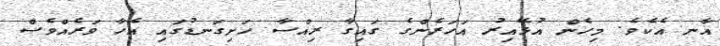
އާނ އެކެވެ. މިހެން އުޅޭއިރު އަހަރެންގެ ގަައިގާ ރިއްސާ ހަށިގަނޑުގައި އެހާ ވަރެއްވެސް